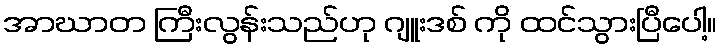
အာဃာတ ကြီးလွန်းသည်ဟု ဂျူးဒစ် ကို ထင်သွားပြီပေါ့။